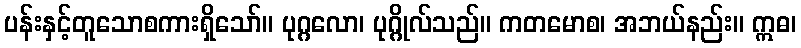
ပန်းနှင့်တူသောစကားရှိသော်။ ပုဂ္ဂလော၊ ပုဂ္ဂိုလ်သည်။ ကတမောစ၊ အဘယ်နည်း။ ဣဓ၊